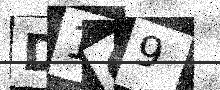
Text: D1O9